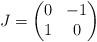
LaTeX: \begin{align*} J = \begin{pmatrix} 0 & -1\\ 1 & 0 \end{pmatrix} \end{align*}